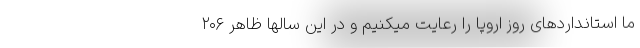
ما استانداردهای روز اروپا را رعایت میکنیم و در این سالها ظاهر ۲۰۶